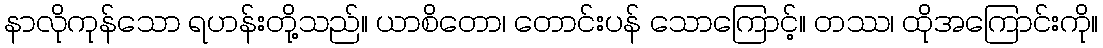
နာလိုကုန်သော ရဟန်းတို့သည်။ ယာစိတော၊ တောင်းပန် သောကြောင့်။ တဿ၊ ထိုအကြောင်းကို။